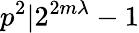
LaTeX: p^{2}|2^{2m\lambda}-1